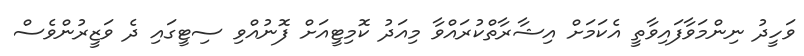
ވަހީދު ނިންމަވާފައިވާތީ އެކަމަށް އިޝާރާތްކުރައްވާ މިއަދު ކޮމިޓީއަށް ފޮނުއްވި ސިޓީގައި ދެ ވަޒީރުންވެސް